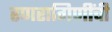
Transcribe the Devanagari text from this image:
रणरागिणींची